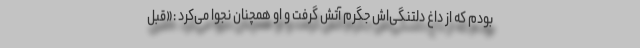
بودم که از داغ دلتنگی‌اش جگرم آتش گرفت و او همچنان نجوا می‌کرد :«قبل